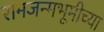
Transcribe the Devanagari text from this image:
रामजन्मभूमीच्या